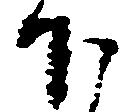
下